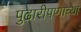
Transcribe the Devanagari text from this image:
पुढारीपणाच्या